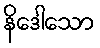
နိဒေါသော